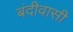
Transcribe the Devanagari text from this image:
बंदीवासी